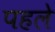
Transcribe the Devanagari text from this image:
पहले